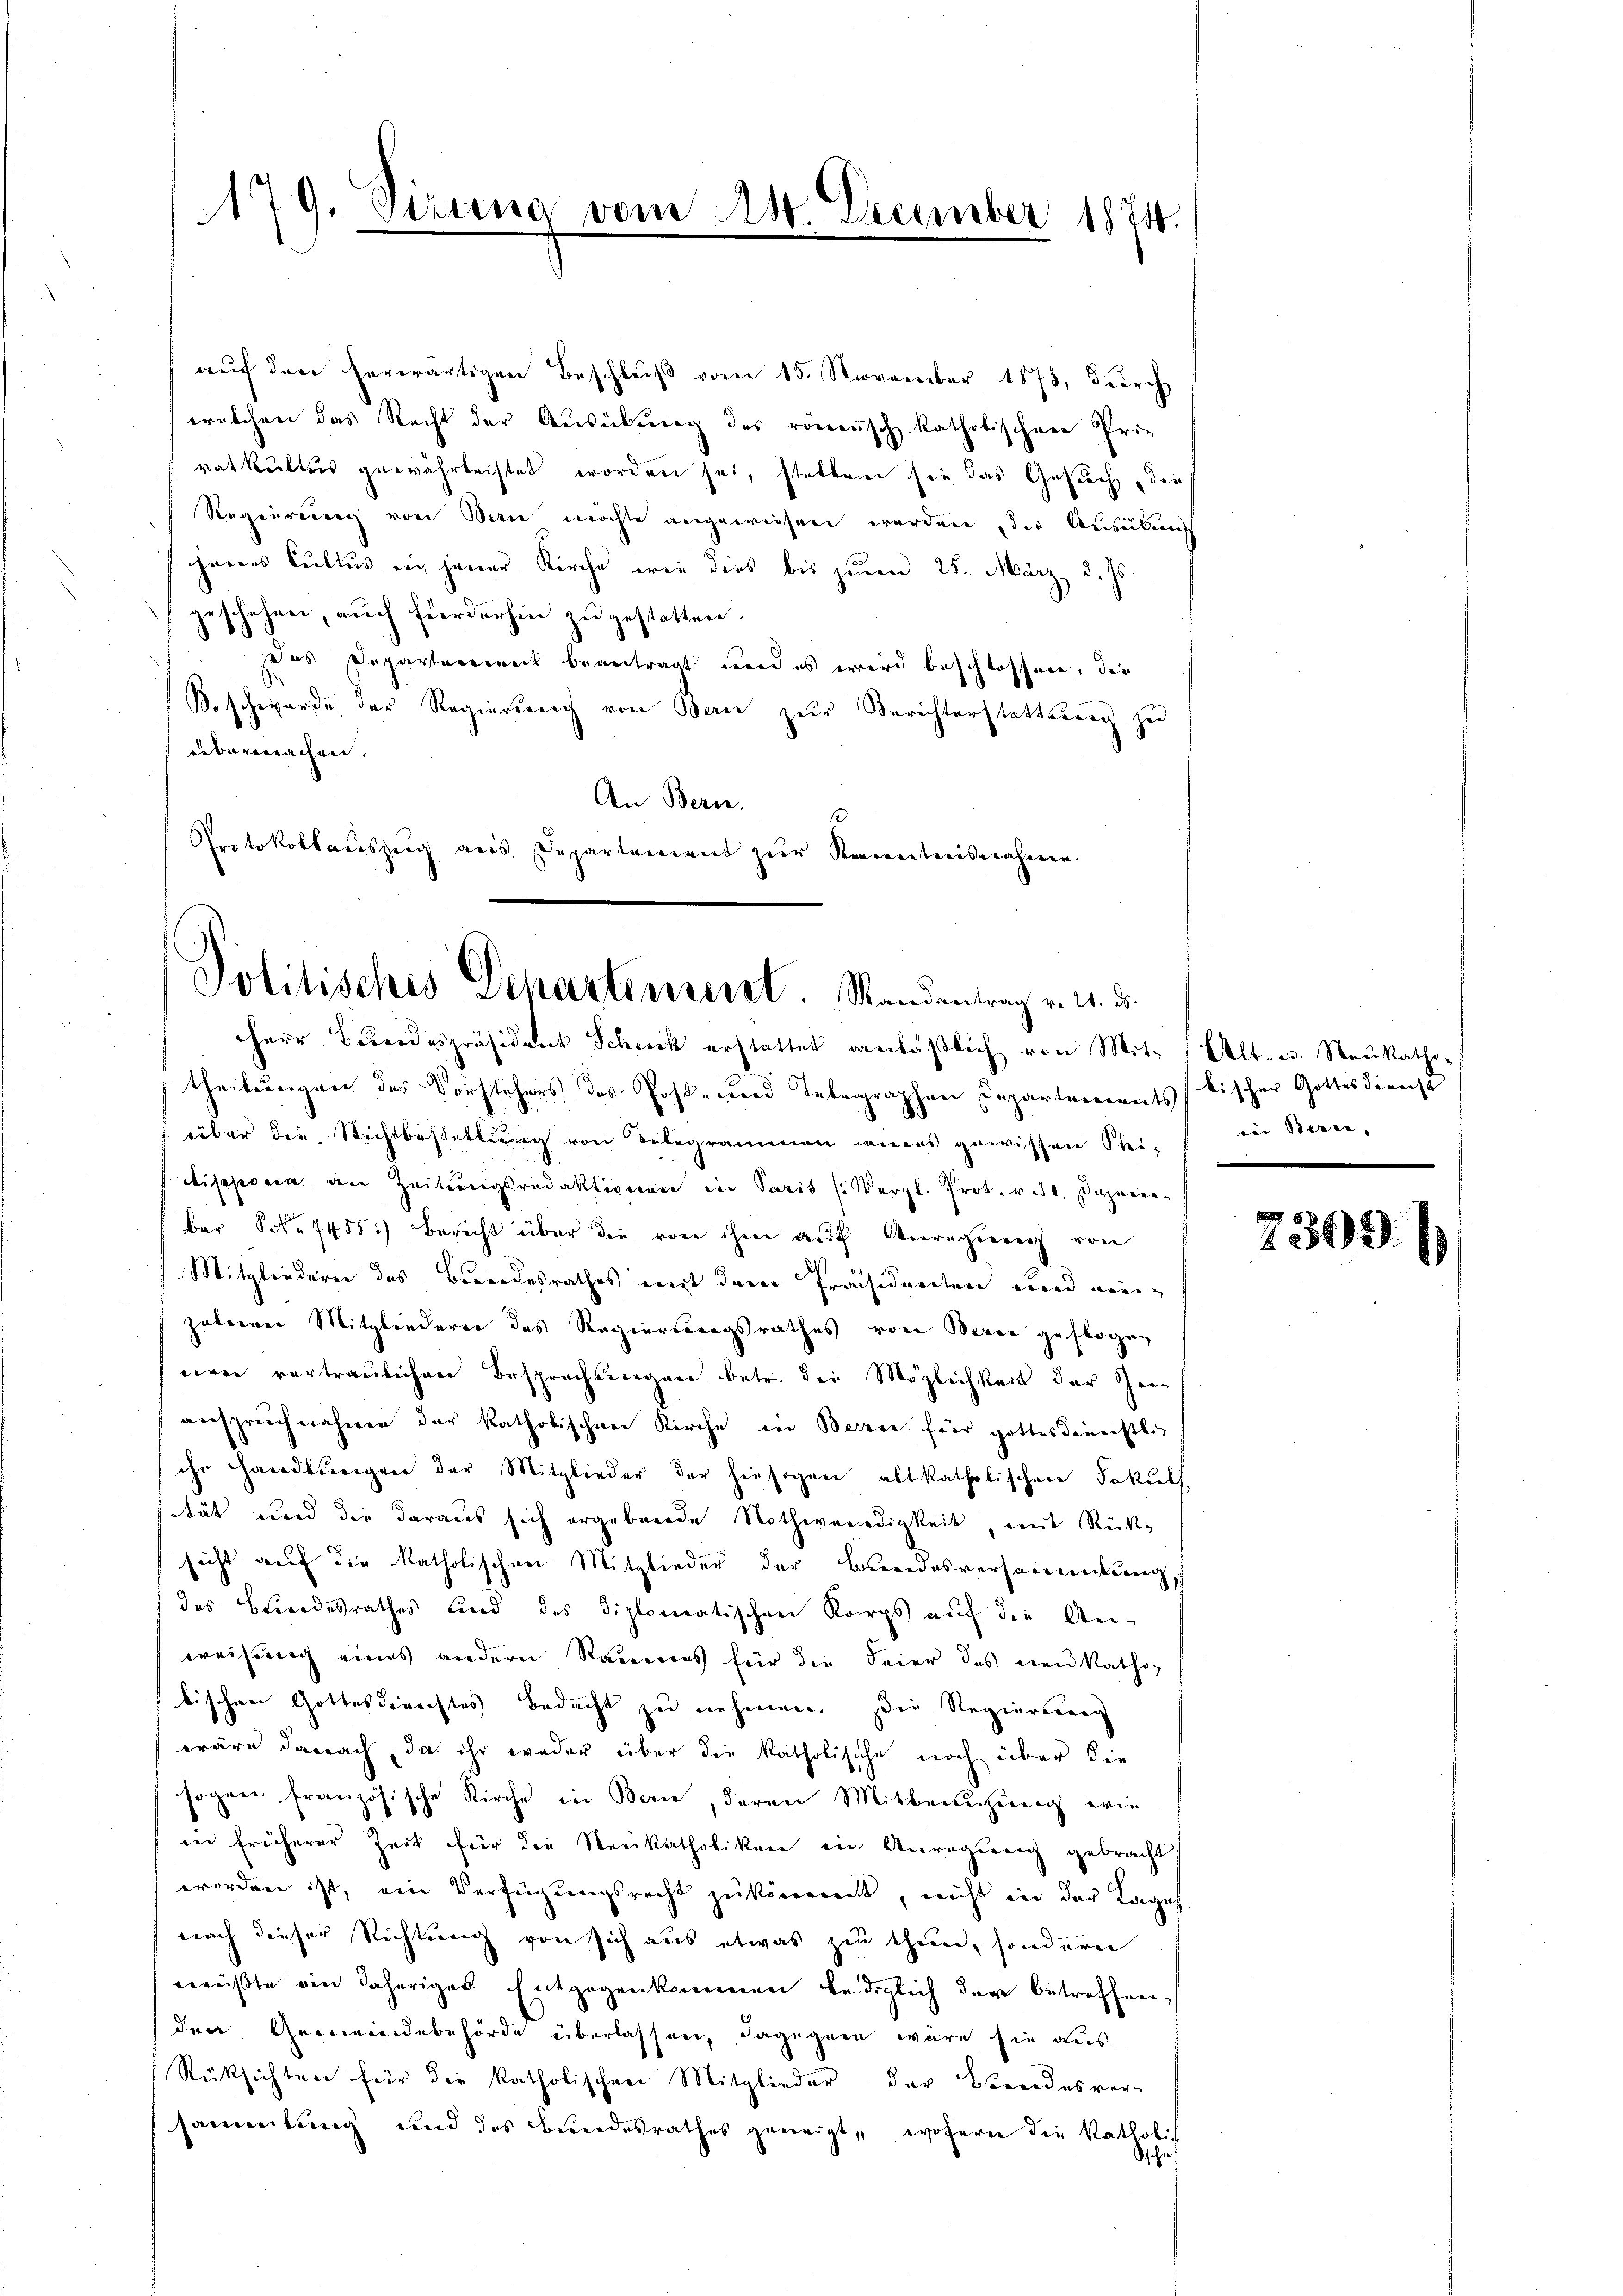
179. Vizuna vom 24. December 1874.

aŭf den herwärtigen Beschlŭβ vom 15. November 1873, durch
welchen das Recht der Ausübung des römisch katholischen Prie
ratkultus gewährleistet worden sei, stellen sie das Gesuch die
Regierung von Bern möchte angewiesen werden, die Ausübung
jenes Cultus ein jener Kirche wie dies bis jenen 25. März d. Js.
geschehen, auch forderhin zu gestatten.
ses Departenweit beantragt wird es wird beschlossen, die
B. schwerde der Regierung von Berin zur Berichterstatterung zu
überwachen. |
An Bern.
.
Protokollauszug aus Departement zur Kenntnisnahmen.

Politisches Departement. Randantrag v. 4. ds.

HHerr Beeidespräsident Schnik erstattet anläβlich von Mit- 1 Alt- u. Neŭkatho-
theilungen des Vorstehers des Postend Inbegraphen Departariatskischer Gottesdienst
über die Richtbestattung von Delegrammen eines gewissen Steidisponia an Zeitungsredaktionen in Paris (Vergl. Prot. v. 30. Dazuverber No 7455.) Bericht über die von ihm auf Anregung von
Mitgliederen des Berrodesrathes mit dem Präsidenten und einzüberren Mitgliederer des Regierungsrathes von Berne geflogen
nee vertraulichen Besprechungen betr. der Möglichkeit der Zei-
anspruchnahmen der katholischen Kirche in Bern für gottesdienechtlic
ihr Handlungen der Mitglieder der hiesigen altkatholischen Fakult
stät und die daraus sich ergebende Nothwendigkeit, mit Rück-
sicht auf die katholischen Mitglieder der Beeidesversammenkung,
des Bundesrathes und des Diplomatischen Korps auf die An-
weisung eines andern Raumes für die Feier des neu katho-
kischen Gottesdienstes bedacht zu nehmen. Die Regierung
wäre danach, da ihr weder über die katholische noch über die
sogen französische Kirche in Berne, deren Mitbeinzŭng wie
in früherer Zeit für die Neukatholiken in Anregung gebracht
worden ist, ein Verfügungsrecht zu könnent, nicht in der Lage
nach dieser Richtung von sich aus etwas zu thun, sondern
wüßte ein daheriges Entgegenkommen lediglich der betreffen
(den Gemeindebehörde überlassen, dagegen wäre sie aus
Rüksichten für die katholischen Mitglieder der Beendesver-
sammlung und des Bundesrathes geneigt, wofern die Katholich
sehne

vin Bern,

8
1342).